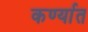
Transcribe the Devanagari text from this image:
कर्ण्यात